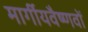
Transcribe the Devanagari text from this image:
मार्गीयवैष्णवों